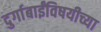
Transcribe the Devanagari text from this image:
दुर्गाबाईंविषयीच्या